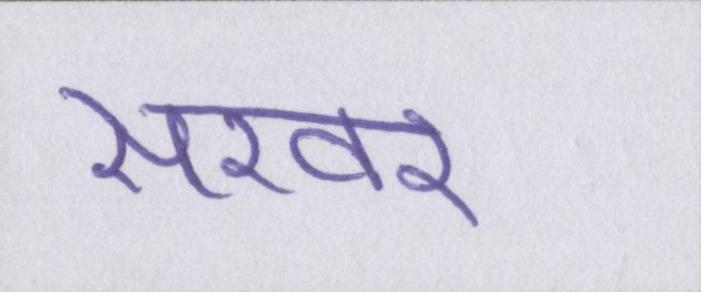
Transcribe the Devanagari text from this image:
सरवर